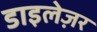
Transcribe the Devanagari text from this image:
डाइलेज़र